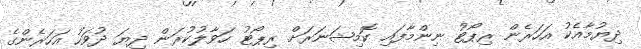
ދިޔުމާއެކު އަހަރެން ރިޕޯޓު ނިންމާފައި ކޮމިޝަނަރަށް ރިޕޯޓު ހަވާލުކުރަން ދިޔަ ދުވަހު އަހަރެންގެ